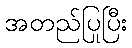
အတည်ပြုပြီး